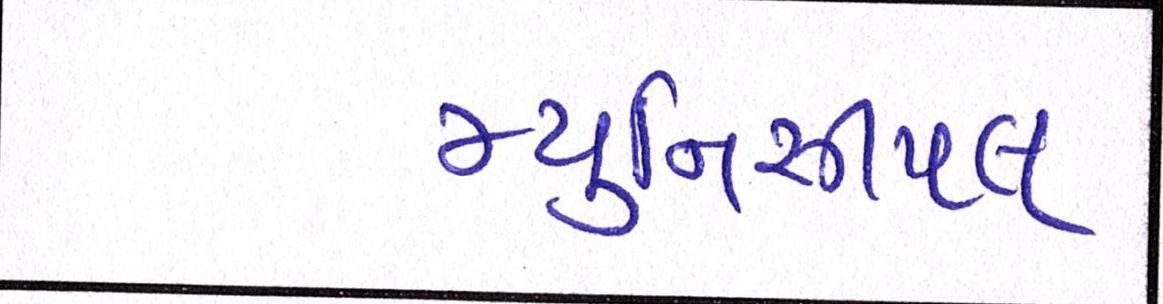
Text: મ્યુનિસીપલ